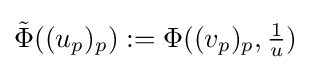
{\tilde {\Phi }}((u_{p})_{p}):=\Phi ((v_{p})_{p},{\tfrac {1}{u}})